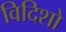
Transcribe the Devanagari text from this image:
विदिशो